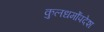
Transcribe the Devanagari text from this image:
कुलधर्मोंपदेश